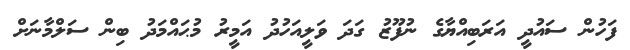
ފަހުން ސައުދީ އަރަބިއްޔާގެ ނުފޫޒު ގަދަ ވަލީއަހުދު އަމީރު މުޙައްމަދު ބިން ސަލްމާނަށް